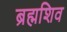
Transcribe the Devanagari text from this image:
ब्रह्मशिव